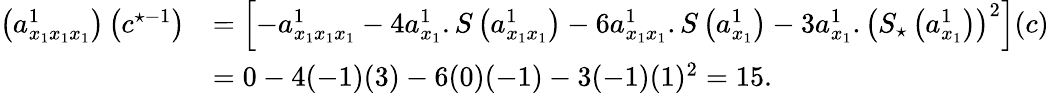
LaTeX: \begin{array}{rl}{\left(a_{x_{1}x_{1}x_{1}}^{1}\right)\left(c^{\star-1}\right)}&{=\left[-a_{x_{1}x_{1}x_{1}}^{1}-4a_{x_{1}}^{1}.S\left(a_{x_{1}x_{1}}^{1}\right)-6a_{x_{1}x_{1}}^{1}.S\left(a_{x_{1}}^{1}\right)-3a_{x_{1}}^{1}.\left(S_{\star}\left(a_{x_{1}}^{1}\right)\right)^{2}\right](c)}\\ &{=0-4(-1)(3)-6(0)(-1)-3(-1)(1)^{2}=15.}\end{array}